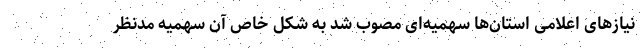
نیازهای اعلامی استان‌ها سهمیه‌ای مصوب شد به شکل خاص آن سهمیه مدنظر